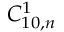
C _ { 1 0 , n } ^ { 1 }